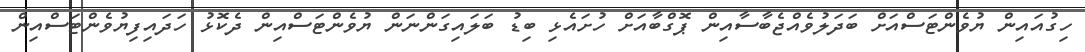
ހިގުއައިން ޔުވެންޓަސްއަށް ބަދަލުވެއްޖެބާސާއިން ޕޮގްބާއަށް ހުށައެޅި ބިޑު ބަލައިގަންނަން ޔުވެންޓަސްއިން ދެކޮޅު ހަދައިފިޔުވެންޓަސްއިން